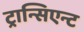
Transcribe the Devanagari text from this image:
ट्रान्सिएन्ट